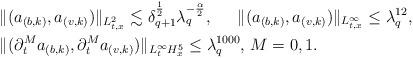
LaTeX: \begin{align*}&\|(a_{(b,k)}, a_{(v,k)})\|_{L^2_{t,x}}\lesssim\delta^{\frac{1}{2}}_{q+1}\lambda^{-\frac{\alpha}{2}}_q, \quad\,\,\,\|(a_{(b,k)}, a_{(v,k)})\|_{L^\infty_{t,x}}\le\lambda^{12}_q,\\&\|(\partial^M_ta_{(b,k)}, \partial^M_ta_{(v,k)})\|_{L^\infty_t H^5_x}\le\lambda^{1000}_q, \, M=0,1.\end{align*}